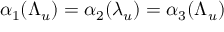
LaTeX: \alpha _ { 1 } ( \Lambda _ { u } ) = \alpha _ { 2 } ( \lambda _ { u } ) = \alpha _ { 3 } ( \Lambda _ { u } )